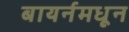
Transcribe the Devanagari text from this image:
बायर्नमधून